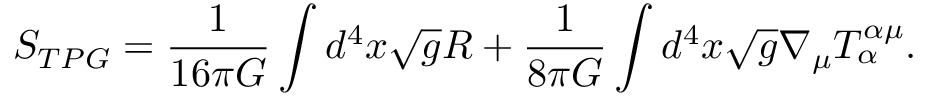
S _ { T P G } = \frac { 1 } { 1 6 \pi G } \int d ^ { 4 } x \sqrt { g } R + \frac { 1 } { 8 \pi G } \int d ^ { 4 } x \sqrt { g } \nabla _ { \mu } T _ { \alpha } ^ { \alpha \mu } .